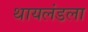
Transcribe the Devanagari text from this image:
थायलंडला